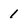
Character: 1